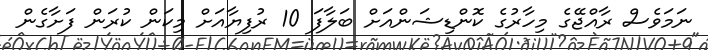
ނަމަވެސް ރާއްޖޭގެ މިހާރުގެ ކޮންޑިޝަންއަށް ބަލާފަ 10 ރުފިޔާއަށް މިކަން ކުރަން ފަށާގެން